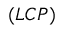
( L C P )